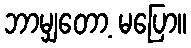
ဘာမျှတော့ မပြော။